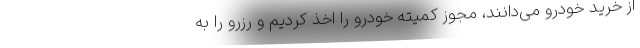
از خرید خودرو می‌دانند، مجوز کمیته خودرو را اخذ کردیم و رزرو را به